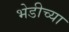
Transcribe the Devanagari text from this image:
भेडीच्या